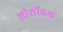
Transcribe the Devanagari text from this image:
शीर्शोवक्ष